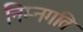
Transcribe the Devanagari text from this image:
निम्नगति